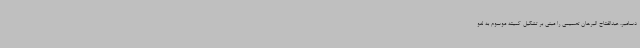
دسامبر، عبدالفتاح البرهان تصمیمی را مبنی بر تشکیل کمیته موسوم به لغو